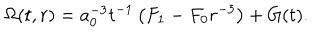
\Omega ( t , r ) = a _ { 0 } ^ { - 3 } t ^ { - 1 } \left( F _ { 1 } - F _ { 0 } r ^ { - 3 } \right) + G ( t ) .